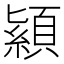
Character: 顈